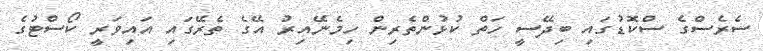
ސެރެސްގެ ސްކޮޑުގައި ބިދޭސީ ހަތް ކުޅުންތެރިން ހިމެނޭއިރު އޭގެ ތެރޭގައި އައިވަރީ ކޯސްޓުގެ